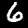
Label: 6